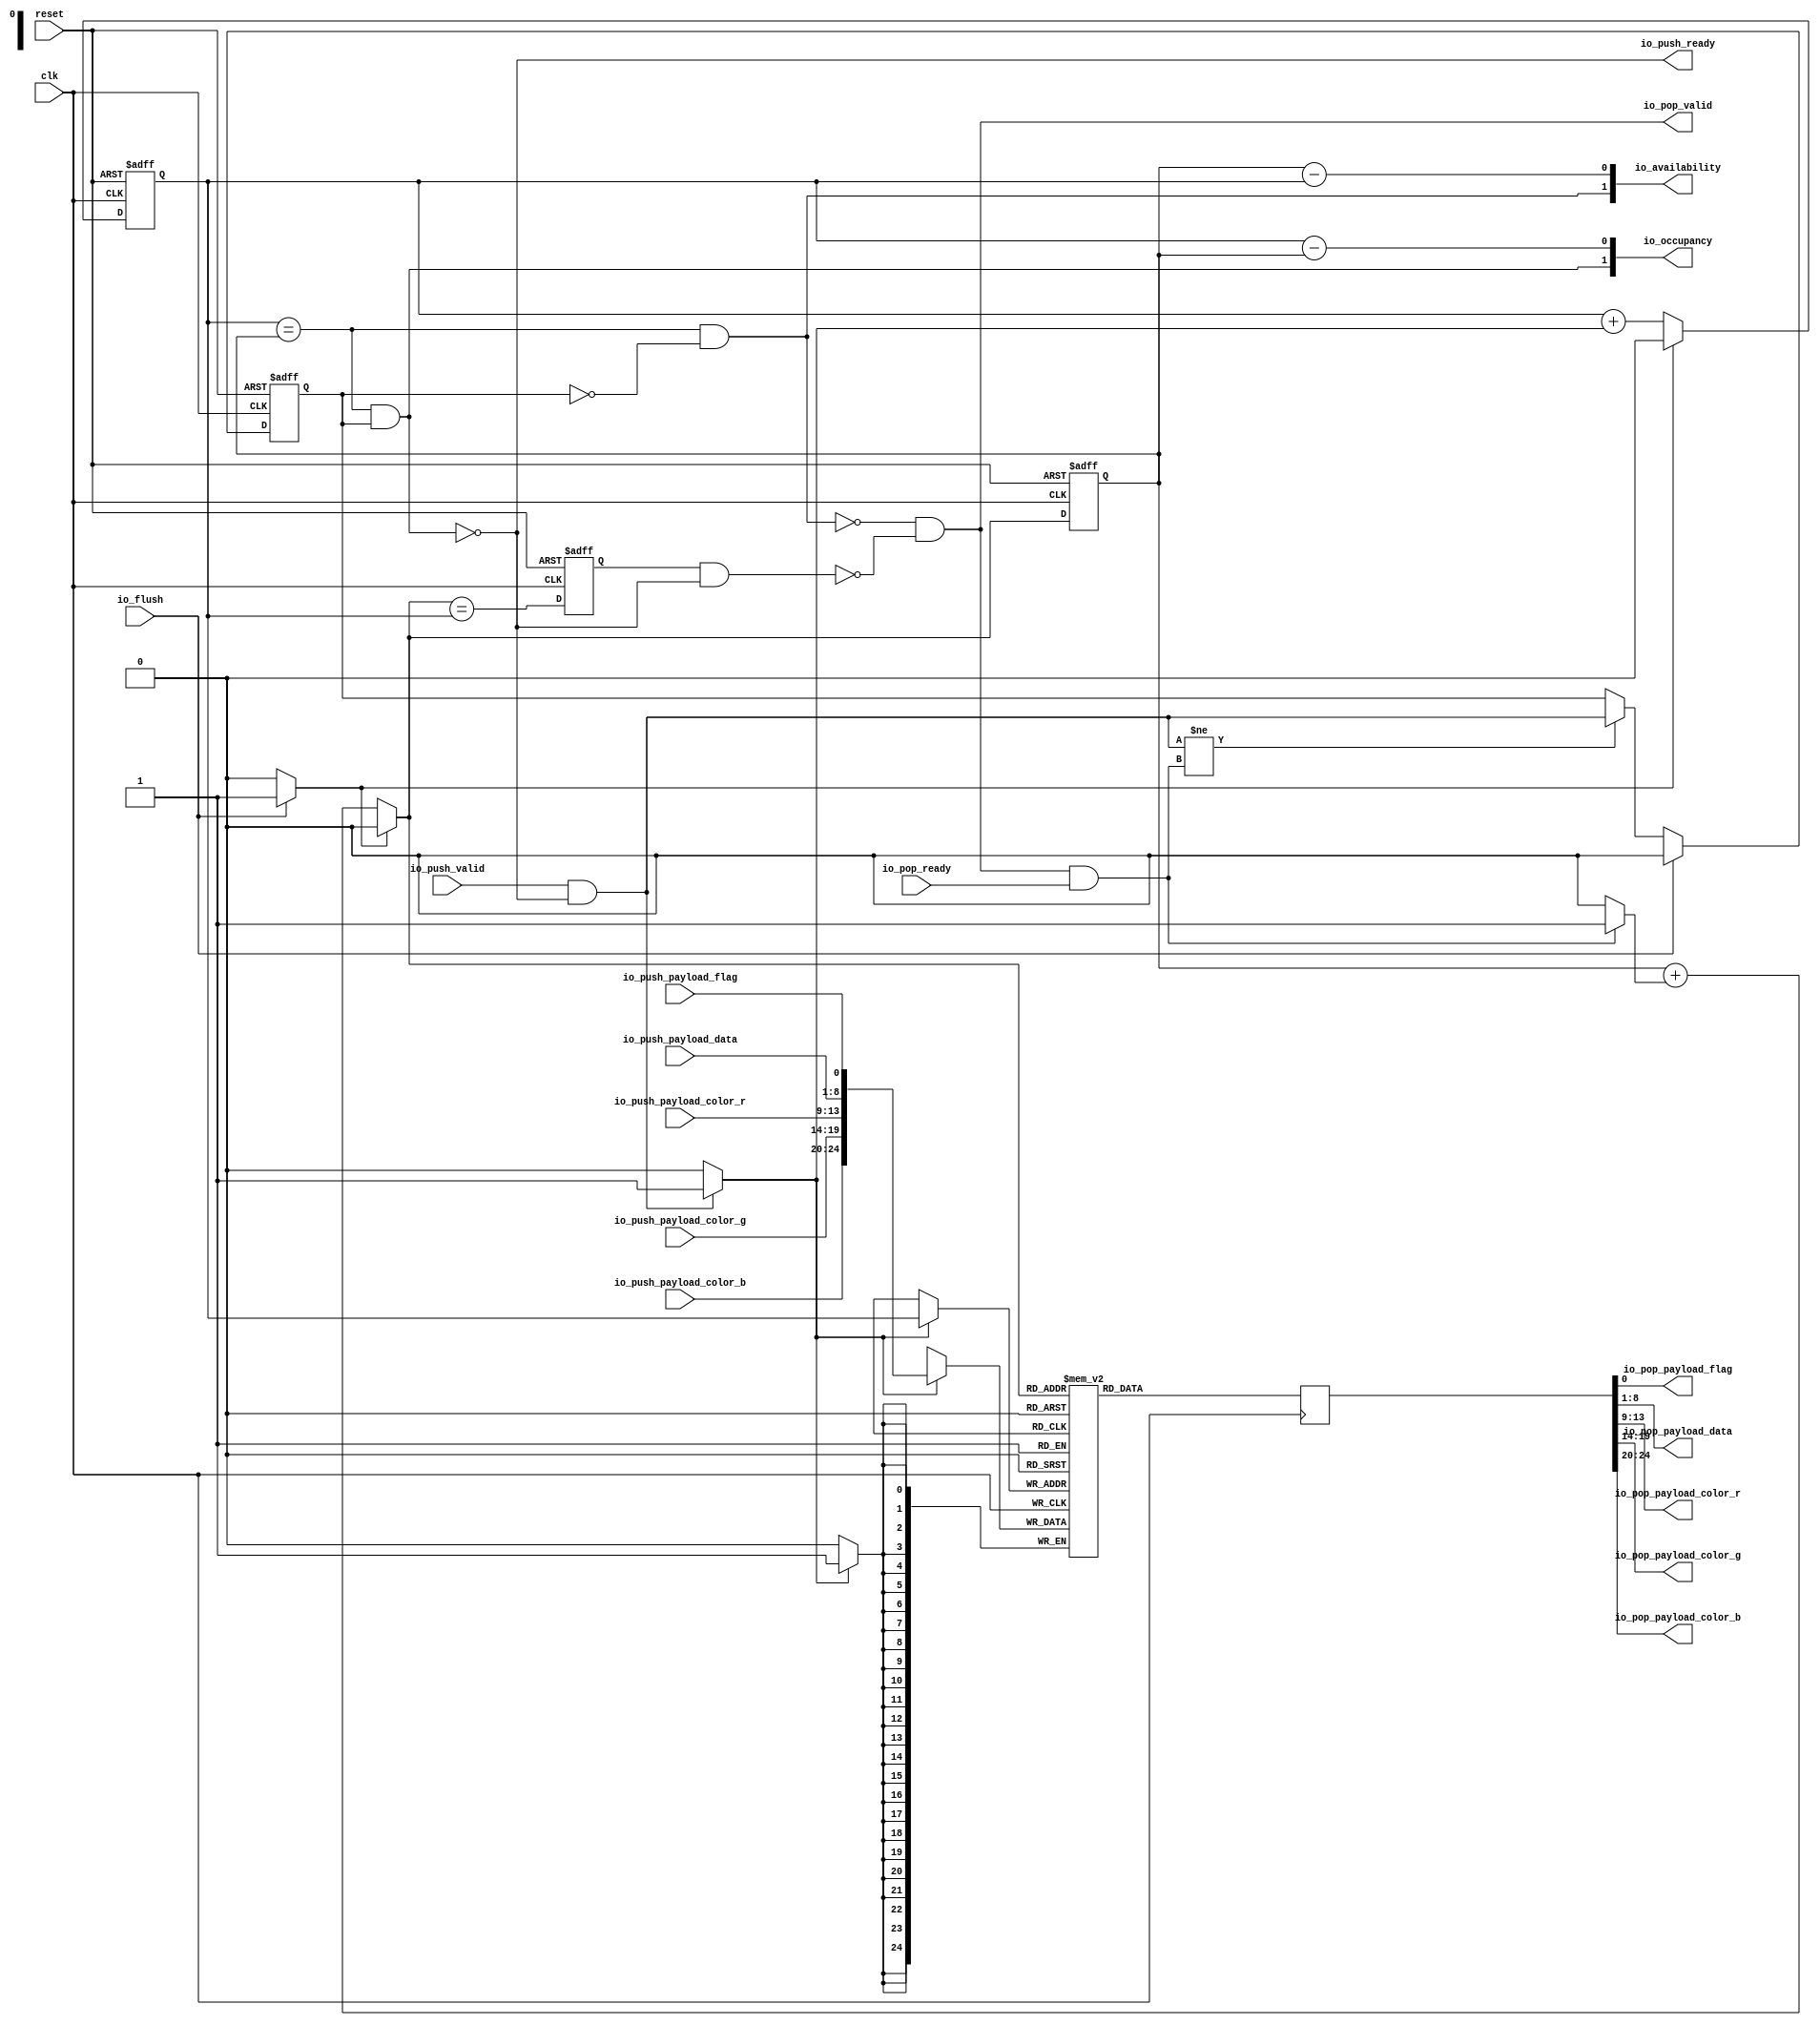
// Generator : SpinalHDL v1.4.3    git head : adf552d8f500e7419fff395b7049228e4bc5de26
// Component : StreamFifo
// Git hash  : adf552d8f500e7419fff395b7049228e4bc5de26



module StreamFifo (
  input               io_push_valid,
  output              io_push_ready,
  input               io_push_payload_flag,
  input      [7:0]    io_push_payload_data,
  input      [4:0]    io_push_payload_color_r,
  input      [5:0]    io_push_payload_color_g,
  input      [4:0]    io_push_payload_color_b,
  output              io_pop_valid,
  input               io_pop_ready,
  output              io_pop_payload_flag,
  output     [7:0]    io_pop_payload_data,
  output     [4:0]    io_pop_payload_color_r,
  output     [5:0]    io_pop_payload_color_g,
  output     [4:0]    io_pop_payload_color_b,
  input               io_flush,
  output     [1:0]    io_occupancy,
  output     [1:0]    io_availability,
  input               clk,
  input               reset
);
  reg        [24:0]   _zz_5;
  wire       [0:0]    _zz_6;
  wire       [0:0]    _zz_7;
  wire                _zz_8;
  wire       [24:0]   _zz_9;
  reg                 _zz_1;
  reg                 logic_pushPtr_willIncrement;
  reg                 logic_pushPtr_willClear;
  reg        [0:0]    logic_pushPtr_valueNext;
  reg        [0:0]    logic_pushPtr_value;
  wire                logic_pushPtr_willOverflowIfInc;
  wire                logic_pushPtr_willOverflow;
  reg                 logic_popPtr_willIncrement;
  reg                 logic_popPtr_willClear;
  reg        [0:0]    logic_popPtr_valueNext;
  reg        [0:0]    logic_popPtr_value;
  wire                logic_popPtr_willOverflowIfInc;
  wire                logic_popPtr_willOverflow;
  wire                logic_ptrMatch;
  reg                 logic_risingOccupancy;
  wire                logic_pushing;
  wire                logic_popping;
  wire                logic_empty;
  wire                logic_full;
  reg                 _zz_2;
  wire       [24:0]   _zz_3;
  wire       [15:0]   _zz_4;
  wire       [0:0]    logic_ptrDif;
  reg [24:0] logic_ram [0:1];

  assign _zz_6 = _zz_3[0 : 0];
  assign _zz_7 = (logic_popPtr_value - logic_pushPtr_value);
  assign _zz_8 = 1'b1;
  assign _zz_9 = {{io_push_payload_color_b,{io_push_payload_color_g,io_push_payload_color_r}},{io_push_payload_data,io_push_payload_flag}};
  always @ (posedge clk) begin
    if(_zz_8) begin
      _zz_5 <= logic_ram[logic_popPtr_valueNext];
    end
  end

  always @ (posedge clk) begin
    if(_zz_1) begin
      logic_ram[logic_pushPtr_value] <= _zz_9;
    end
  end

  always @ (*) begin
    _zz_1 = 1'b0;
    if(logic_pushing)begin
      _zz_1 = 1'b1;
    end
  end

  always @ (*) begin
    logic_pushPtr_willIncrement = 1'b0;
    if(logic_pushing)begin
      logic_pushPtr_willIncrement = 1'b1;
    end
  end

  always @ (*) begin
    logic_pushPtr_willClear = 1'b0;
    if(io_flush)begin
      logic_pushPtr_willClear = 1'b1;
    end
  end

  assign logic_pushPtr_willOverflowIfInc = (logic_pushPtr_value == 1'b1);
  assign logic_pushPtr_willOverflow = (logic_pushPtr_willOverflowIfInc && logic_pushPtr_willIncrement);
  always @ (*) begin
    logic_pushPtr_valueNext = (logic_pushPtr_value + logic_pushPtr_willIncrement);
    if(logic_pushPtr_willClear)begin
      logic_pushPtr_valueNext = 1'b0;
    end
  end

  always @ (*) begin
    logic_popPtr_willIncrement = 1'b0;
    if(logic_popping)begin
      logic_popPtr_willIncrement = 1'b1;
    end
  end

  always @ (*) begin
    logic_popPtr_willClear = 1'b0;
    if(io_flush)begin
      logic_popPtr_willClear = 1'b1;
    end
  end

  assign logic_popPtr_willOverflowIfInc = (logic_popPtr_value == 1'b1);
  assign logic_popPtr_willOverflow = (logic_popPtr_willOverflowIfInc && logic_popPtr_willIncrement);
  always @ (*) begin
    logic_popPtr_valueNext = (logic_popPtr_value + logic_popPtr_willIncrement);
    if(logic_popPtr_willClear)begin
      logic_popPtr_valueNext = 1'b0;
    end
  end

  assign logic_ptrMatch = (logic_pushPtr_value == logic_popPtr_value);
  assign logic_pushing = (io_push_valid && io_push_ready);
  assign logic_popping = (io_pop_valid && io_pop_ready);
  assign logic_empty = (logic_ptrMatch && (! logic_risingOccupancy));
  assign logic_full = (logic_ptrMatch && logic_risingOccupancy);
  assign io_push_ready = (! logic_full);
  assign io_pop_valid = ((! logic_empty) && (! (_zz_2 && (! logic_full))));
  assign _zz_3 = _zz_5;
  assign _zz_4 = _zz_3[24 : 9];
  assign io_pop_payload_flag = _zz_6[0];
  assign io_pop_payload_data = _zz_3[8 : 1];
  assign io_pop_payload_color_r = _zz_4[4 : 0];
  assign io_pop_payload_color_g = _zz_4[10 : 5];
  assign io_pop_payload_color_b = _zz_4[15 : 11];
  assign logic_ptrDif = (logic_pushPtr_value - logic_popPtr_value);
  assign io_occupancy = {(logic_risingOccupancy && logic_ptrMatch),logic_ptrDif};
  assign io_availability = {((! logic_risingOccupancy) && logic_ptrMatch),_zz_7};
  always @ (posedge clk or posedge reset) begin
    if (reset) begin
      logic_pushPtr_value <= 1'b0;
      logic_popPtr_value <= 1'b0;
      logic_risingOccupancy <= 1'b0;
      _zz_2 <= 1'b0;
    end else begin
      logic_pushPtr_value <= logic_pushPtr_valueNext;
      logic_popPtr_value <= logic_popPtr_valueNext;
      _zz_2 <= (logic_popPtr_valueNext == logic_pushPtr_value);
      if((logic_pushing != logic_popping))begin
        logic_risingOccupancy <= logic_pushing;
      end
      if(io_flush)begin
        logic_risingOccupancy <= 1'b0;
      end
    end
  end


endmodule